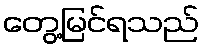
တွေ့မြင်ရသည်